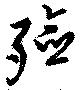
殮